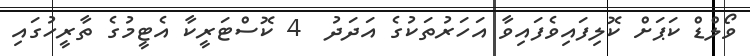
ވޯލްޑް ކަޕަށް ކޮލިފައިވެފައިވާ އަހަރުތަކުގެ އަދަދު  4 ކޮސްޓަރީކާ އެޓީމުގެ ތާރީހުގައި